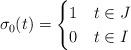
LaTeX: \begin{align*}\sigma_0(t)=\begin{cases}1 & t \in J \\0 & t \in I \\\end{cases}\end{align*}